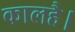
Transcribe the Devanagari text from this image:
कालहै।